Annual administration report of the Civil Veterinary Department of India - 1896-1897
Year: 1896
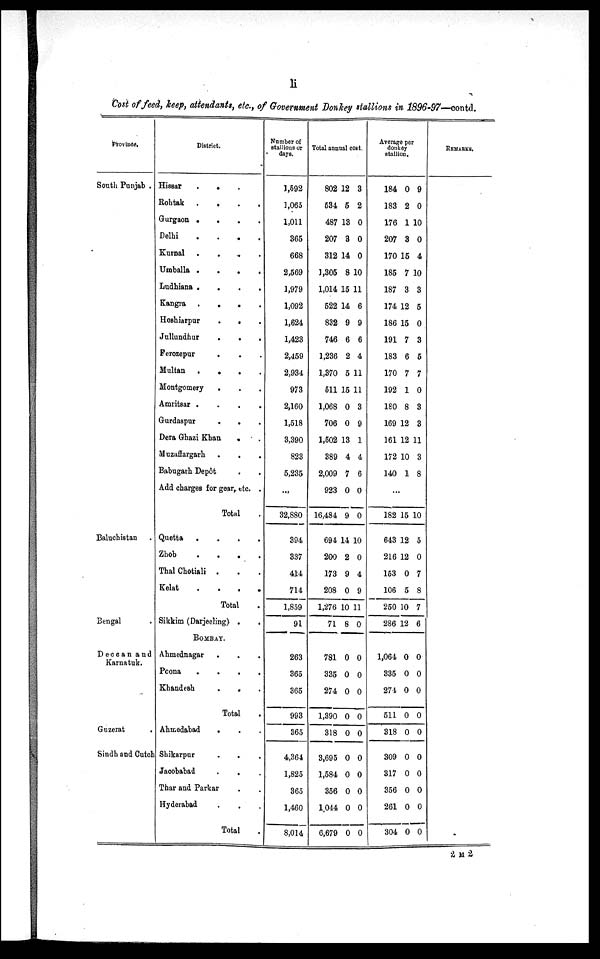
li
Cost of feed, keep, attendants, etc., of Government Donkey stallions in 1896-97—contd.
Province.
South Punjab .
Baluchistan .
Bengal .
Deccan and
Karnatuk.
Guzerat .
Sindh and Cutch
District.
Hissar . . .
Rohtak . . . .
Gurgaon . . . .
Delhi . . . .
Kurnal . . . .
Umballa . . . .
Ludhiana . . . .
Kangra . . . .
Hoshiarpur . . .
Jullundhur . . .
Ferozepur . . .
Multan . . . .
Montgomery . . .
Amritsar . . . .
Gurdaspur . . .
Dera Ghazi Khan . . .
Muzaffargarh . . .
Babugarh Depôt . . .
Add charges for gear, etc. .
Total
.
Quetta . . . .
Zhob . . . .
Thal Chotiali . . . .
Kelat . . . .
Total
.
Sikkim (Darjeeling) . .
BOMBAY.
Ahmednagar . . .
Poona . . . .
Khandesh . . .
Total
.
Ahmedabad . . .
Shikarpur . . .
Jacobabad . . .
Thar and Parkar . .
Hyderabad . . .
Total .
Number of
stallions or
days.
1,592
1,065
1,011
365
668
2,569
1,979
1,092
1,624
1,423
2,459
2,934
973
2,160
1,518
3,390
823
5,235
...
32,880
394
337
414
714
1,859
91
263
365
365
993
365
4,364
1,825
365
1,460
8,014
Total annual cost.
802 12 3
634 5 2
487 13 0
207 3 0
312 14 0
1,305 8 10
1,014 15 11
522 14 6
832 9 9
746 6 6
1,236 2 4
1,370 5 11
511 15 11
1,068 0 3
706 0 9
1,502 13 1
389 4 4
2,009 7 6
923 0 0
16,484 9 0
694 14 10
200 2 0
173 9 4
208 0 9
1,276 10 11
71 8 0
781 0 0
335 0 0
274 0 0
1,390 0 0
318 0 0
3,695 0 0
1,584 0 0
356 0 0
1,044 0 0
6,679 0 0
Average per
donkey
stallion.
184 0 9
183 2 0
176 1 10
207 3 0
170 15 4
185 7 10
187 3 3
174 12 5
186 15 0
191 7 3
183 6 5
170 7 7
192 1 0
180 8 3
169 12 3
161 12 11
172 10 3
140 1 8
...
182 15 10
643 12 5
216 12 0
153 0 7
106 5 8
250 10 7
286 12 6
1,064 0 0
335 0 0
274 0 0
511 0 0
318 0 0
309 0 0
317 0 0
356 0 0
261 0 0
304 0 0
REMARKS.
2 M 2